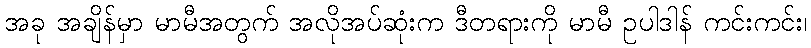
အခု အချိန်မှာ မာမီအတွက် အလိုအပ်ဆုံးက ဒီတရားကို မာမီ ဥပါဒါန် ကင်းကင်း၊